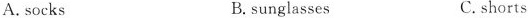
A.socks B.sunglasses C.shorts